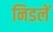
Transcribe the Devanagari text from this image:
निडलें